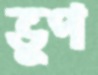
ভুপ